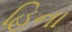
હિના